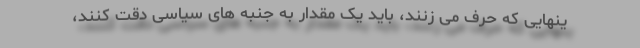
ینهایی که حرف می زنند، باید یک مقدار به جنبه های سیاسی دقت کنند،